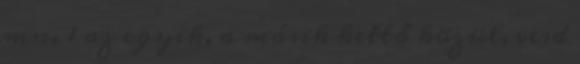
mn. 1 az egyik, a másik kettő közül, vesd